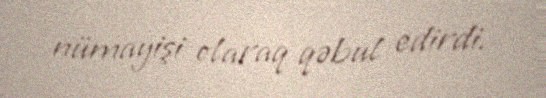
nümayişi olaraq qəbul edirdi.